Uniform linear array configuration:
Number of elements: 8
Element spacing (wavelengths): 1
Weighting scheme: blackman
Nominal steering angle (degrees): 15
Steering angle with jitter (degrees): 15.761
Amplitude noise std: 0.05
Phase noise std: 0.05

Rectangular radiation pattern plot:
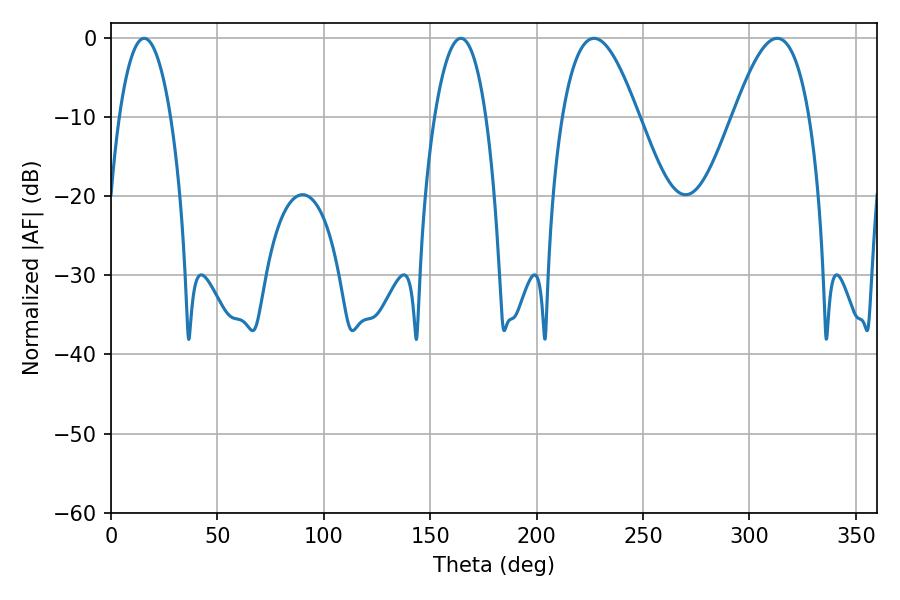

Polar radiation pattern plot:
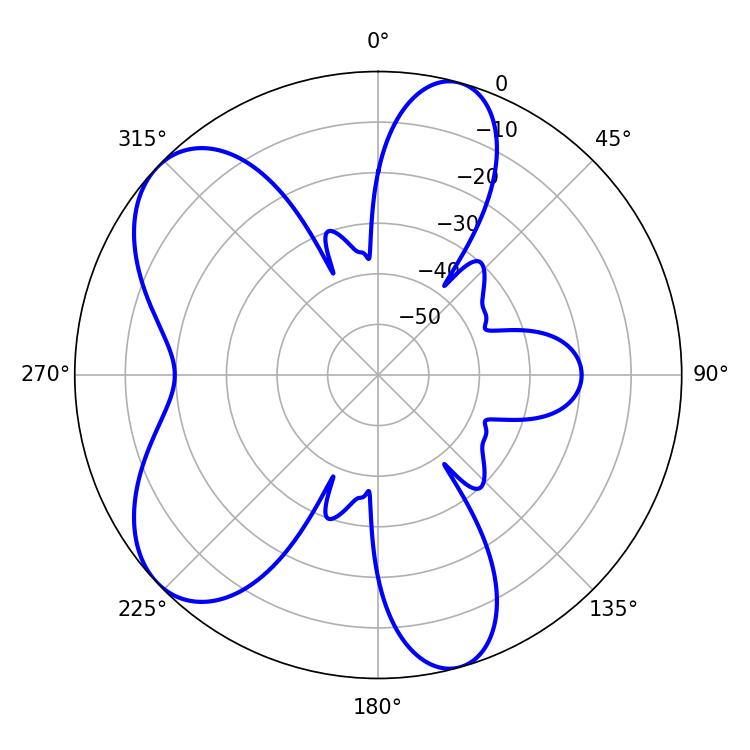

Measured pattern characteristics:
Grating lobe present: TRUE
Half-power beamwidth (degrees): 19.44
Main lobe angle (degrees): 226.98